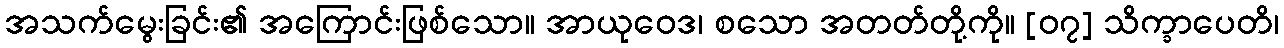
အသက်မွေးခြင်း၏ အကြောင်းဖြစ်သော။ အာယုဝေဒ၊ စသော အတတ်တို့ကို။ [၀၇] သိက္ခာပေတိ၊